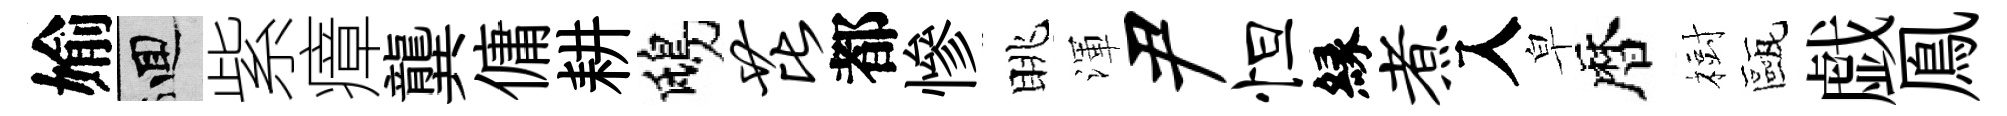
媮回紫瘴龔傭耕鴟芘都慘眺渾尹怛縁煮入皁暦𣗳甌戯鳯